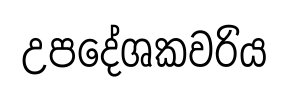
උපදේශකවරිය